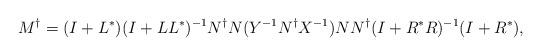
LaTeX: \begin{align*}M^{\dagger}=(I+L^{\ast})(I+LL^{\ast})^{-1}N^{\dagger}N(Y^{-1}N^{\dagger}X^{-1})NN^{\dagger}(I+R^{\ast}R)^{-1}(I+R^{\ast}),\end{align*}